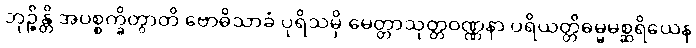
ဘုဉ္ဇိန္တိ အပစ္စက္ခိတွာတိ ဗောဓိသာခံ ပုရိသမှိ မေတ္တာသုတ္တဝဏ္ဏနာ ပရိယတ္တိဓမ္မမစ္ဆရိယေန